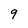
Character: q